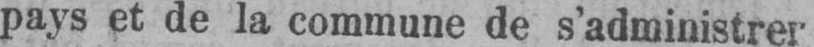
pays et de la commune de s’administrer